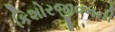
કિશોરજીવનની